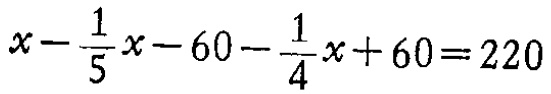
\(x-\frac{1}{5}x - 60-\frac{1}{4}x + 60 = 220\)